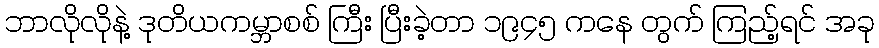
ဘာလိုလိုနဲ့ ဒုတိယကမ္ဘာစစ် ကြီး ပြီးခဲ့တာ ၁၉၄၅ ကနေ တွက် ကြည့်ရင် အခု